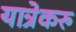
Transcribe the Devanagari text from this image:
यात्रेकरु